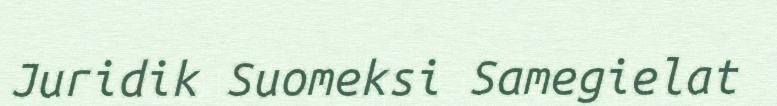
Juridik Suomeksi Samegielat